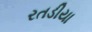
રતડીયા